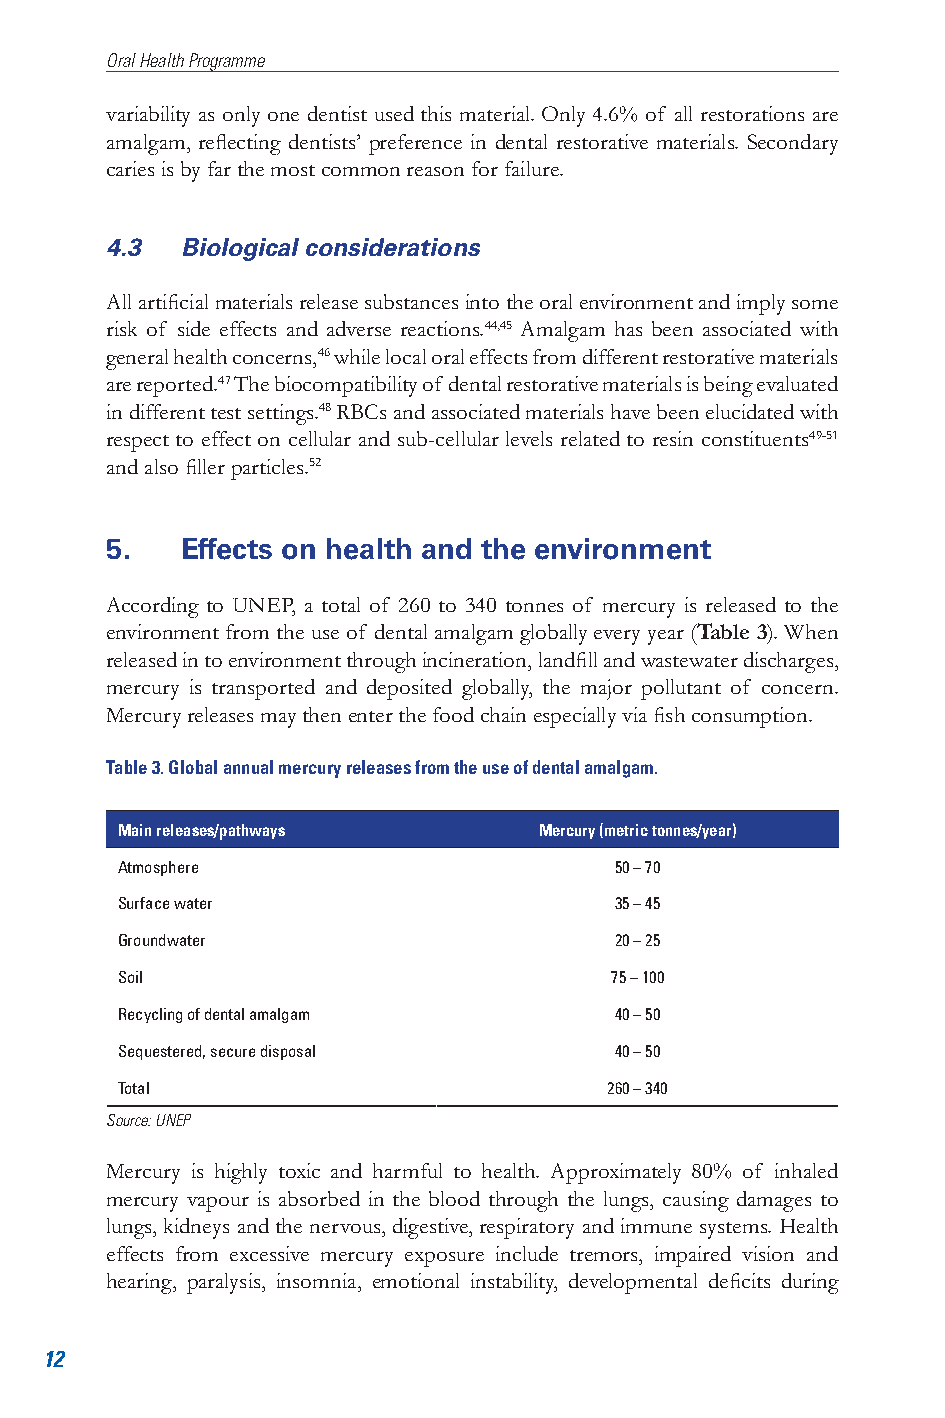
Oral Health Programme
 variability as only one dentist used this material. Only 4.6% of all restorations are
 amalgam, reflecting dentists’ preference in dental restorative materials. Secondary
 caries is by far the most common reason for failure.
 4.3  Biological considerations
 All artificial materials release substances into the oral environment and imply some
 risk of side effects and adverse reactions.44,45 Amalgam has been associated with
 general health concerns,46 while local oral effects from different restorative materials
 are reported.47 The biocompatibility of dental restorative materials is being evaluated
 in different test settings.48 RBCs and associated materials have been elucidated with
 respect to effect on cellular and sub-cellular levels related to resin constituents49-51
 and also filler particles.52
 5.   Effects on health and the environment
 According to UNEP, a total of 260 to 340 tonnes of mercury is released to the
 environment from the use of dental amalgam globally every year (Table 3). When
 released in to environment through incineration, landfill and wastewater discharges,
 mercury is transported and deposited globally, the major pollutant of concern.
 Mercury releases may then enter the food chain especially via fish consumption.
 Table 3. Global annual mercury releases from the use of dental amalgam.
 Main releases/pathways      Mercury (metric tonnes/year)
 Atmosphere                       50 – 70
 Surface water                    35 – 45
 Groundwater                      20 – 25
 Soil                            75 – 100
 Recycling of dental amalgam      40 – 50
 Sequestered, secure disposal     40 – 50
 Total                           260 – 340
 Source: UNEP
 Mercury is highly toxic and harmful to health. Approximately 80% of inhaled
 mercury vapour is absorbed in the blood through the lungs, causing damages to
 lungs, kidneys and the nervous, digestive, respiratory and immune systems. Health
 effects from excessive mercury exposure include tremors, impaired vision and
 hearing, paralysis, insomnia, emotional instability, developmental deficits during
 12